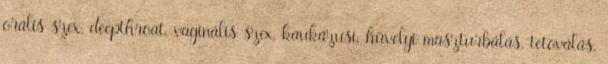
orális szex, deepthroat, vaginális szex, kaukázusi, hüvelyi maszturbálás, tetoválás,